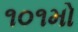
૧૦૧મો